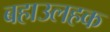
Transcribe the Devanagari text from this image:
बहाउलहक